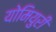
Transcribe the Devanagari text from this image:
योमियुरी